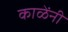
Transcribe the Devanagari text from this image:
काळेंनी